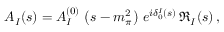
{ \cal A } _ { I } ( s ) = A _ { I } ^ { ( 0 ) } \, \left( s - m _ { \pi } ^ { 2 } \right) \, e ^ { i \delta _ { 0 } ^ { I } ( s ) } \, \Re _ { I } ( s ) \, ,